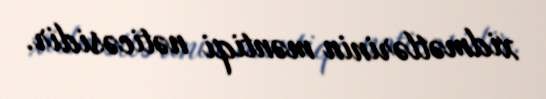
xidmətlərinin məntiqi nəticəsidir.